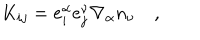
LaTeX: K _ { i j } = e _ { i } ^ { \alpha } e _ { j } ^ { \nu } \nabla _ { \alpha } n _ { \nu } \quad ,